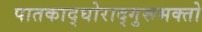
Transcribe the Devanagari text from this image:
पातकाद्घोराद्गुरूभक्तो